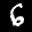
Label: 6